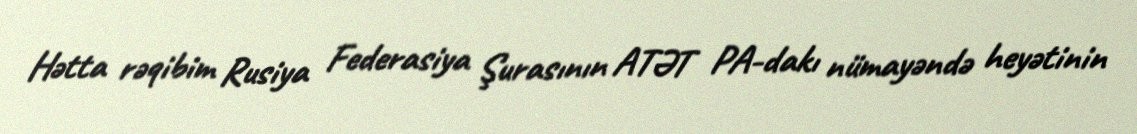
Hətta rəqibim Rusiya Federasiya Şurasının ATƏT PA-dakı nümayəndə heyətinin